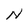
Character: N